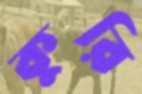
কুরি